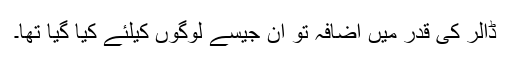
ڈالر کی قدر میں اضافہ تو ان جیسے لوگوں کیلئے کیا گیا تھا۔